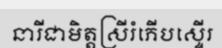
នារីជាមិត្តស្រីរំភើបស្ទើរ